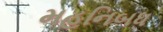
મહનિબધ